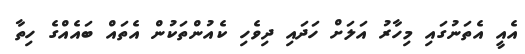
އެއީ އެތަނުގައި މިހާރު އަލަށް ހަދައި ދިވެހި ކެއުންތަކުން އެތައް ބައެއްގެ ހިތާ